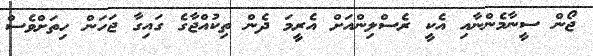
ޖޯން ސީނާމެންނާއި އެކީ ރެސްލިންއަށް އެރީމަ ދެން ތިކުއްޖާގެ ގައިގާ ޖަހަން ހިތަށްވެސް